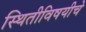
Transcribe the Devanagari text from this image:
स्थितीविषयीचे